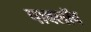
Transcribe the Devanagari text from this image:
पावलॉव